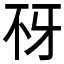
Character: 𰀍